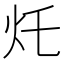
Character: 灹